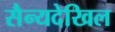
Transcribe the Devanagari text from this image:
सैन्यदेखिल